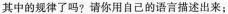
其中的规律了吗?请你用自己的语言描述出来；